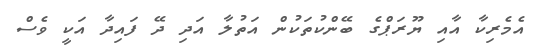
އެމެރިކާ އާއި ޔޫރަޕްގެ ބޭންކުތަކުން އަތުލާ އަދި ދޭ ފައިދާ އަކީ ވެސް